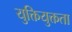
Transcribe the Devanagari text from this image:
युक्तियुक्तता